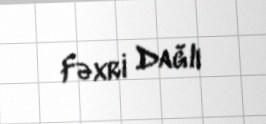
Fəxri Dağlı